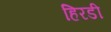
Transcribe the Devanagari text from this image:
हिरडी